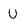
Character: U